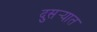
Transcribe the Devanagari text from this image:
दुसर्‍यात